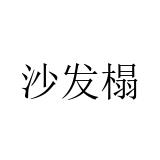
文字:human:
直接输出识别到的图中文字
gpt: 沙发榻